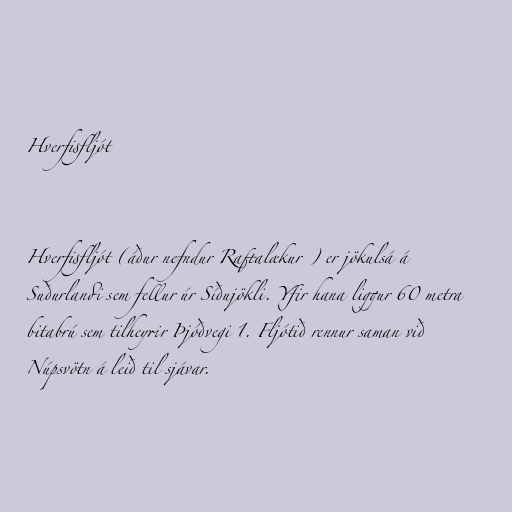
Hverfisfljót

Hverfisfljót (áður nefndur Raftalækur ) er jökulsá á
Suðurlandi sem fellur úr Síðujökli. Yfir hana liggur 60 metra
bitabrú sem tilheyrir Þjóðvegi 1. Fljótið rennur saman við
Núpsvötn á leið til sjávar.